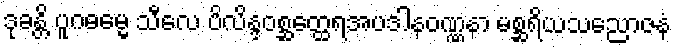
ဒုခန္တိ ပူဂဓမ္မေ သီလေ ပိလိန္ဒဝစ္ဆတ္ထေရအပဒါနဝဏ္ဏနာ မစ္ဆရိယသညောဇနံ